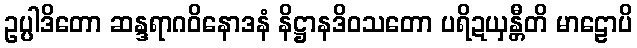
ဥပ္ပါဒိတော ဆန္ဒရာဂဝိနောဒနံ နိဋ္ဌာနဒိဝသတော ပရိဍယှန္တီတိ မာဠောပိ